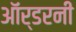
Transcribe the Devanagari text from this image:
ऑर्डरनी